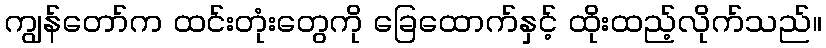
ကျွန်တော်က ထင်းတုံးတွေကို ခြေထောက်နှင့် ထိုးထည့်လိုက်သည်။